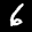
Label: 6